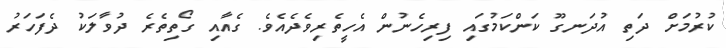
ކުރުމަށް ދަތި އުދަނގޫ ކަންކަމުގައި ފިރިހެނުން އެހީތެރިވެދެއެވެ. ގެއާއި ގޯތިތެރެ ދުވާލަކު ދެފަހަރު